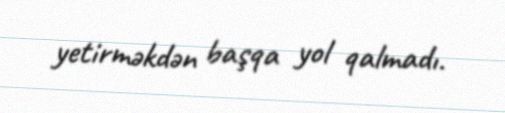
yetirməkdən başqa yol qalmadı.